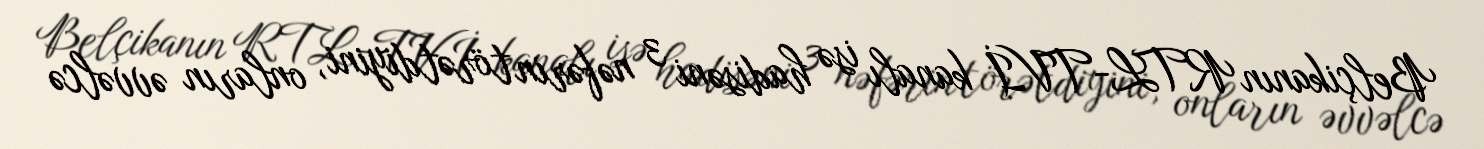
Belçikanın RTL-TVİ kanalı isə hadisəni 3 nəfərin törətdiyini, onların əvvəlcə